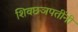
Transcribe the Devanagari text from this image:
शिवछञपतींनी